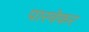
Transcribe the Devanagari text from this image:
पारवेकर